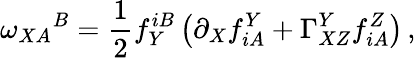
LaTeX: \omega_{XA}{}^{B}=\frac 12f_{Y}^{iB}\left(\partial_{X}f_{iA}^{Y}+\Gamma_{XZ}^{Y}f_{iA}^{Z}\right)\, ,